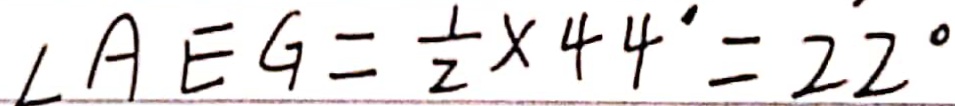
\angle A E G = \frac { 1 } { 2 } \times 4 4 ^ { \circ } = 2 2 ^ { \circ }